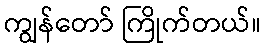
ကျွန်တော် ကြိုက်တယ်။